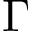
\Gamma